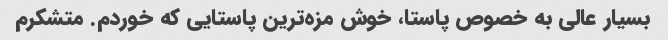
بسیار عالی به خصوص پاستا، خوش مزه‌ترین پاستایی که خوردم. ‌متشکرم